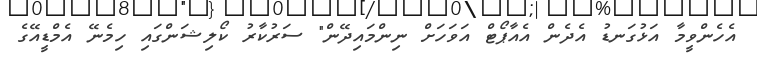
އެހެންވީމާ އަޅުގަނޑު އެދެން އެއާޕޯޓް އަވަހަށް ނިންމައިދޭން" ސަރުކާރު ކޯލިޝަންގައި ހިމެނޭ އެމްޑީއޭގެ